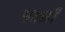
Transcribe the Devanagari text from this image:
धवनी